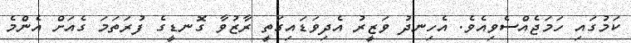
ކަމުގައި ހަމަޖެއްސެވިއެވެ. އެހިނދު ވަޒީރު އެދިވަޑައިގަތީ ރާޒުވާ ގޮނޑީގެ ފުރަތަމަ ގެއަށް އެންމެ